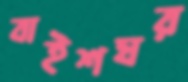
বাইশঘর